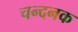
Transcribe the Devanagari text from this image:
चन्दनक